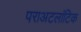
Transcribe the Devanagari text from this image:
पराअटलांटिक